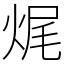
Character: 𤈦